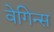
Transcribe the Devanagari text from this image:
वेगिन्स